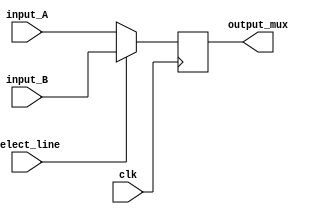
module REGMUX_2to1x4 (clk, select_line, input_A, input_B, output_mux);

input select_line;
input [3:0] input_A, input_B;	
input clk;
output [3:0] output_mux;

reg [3:0] output_mux;

always @(negedge clk)
begin
	if(select_line == 1'b0)
		output_mux = input_A;
	else
		output_mux = input_B;
end

endmodule